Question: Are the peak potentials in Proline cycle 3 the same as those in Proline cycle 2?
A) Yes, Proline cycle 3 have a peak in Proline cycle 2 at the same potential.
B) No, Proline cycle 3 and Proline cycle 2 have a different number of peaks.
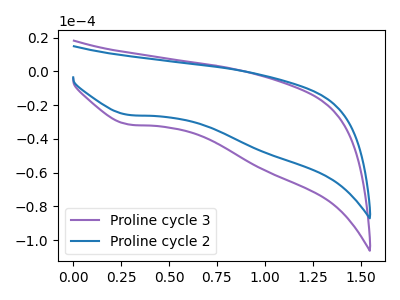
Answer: <think>The purple curve "Proline cycle 3" has a cathodic peak at: (0.30V, -31.50uA). The blue curve "Proline cycle 2" has a cathodic peak at: (0.30V, -25.80uA).</think>
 <answer>A) Yes, "Proline cycle 3" have a peak in "Proline cycle 2" at the same potential.</answer>
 <eval>A</eval>